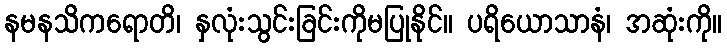
နမနသိကရောတိ၊ နှလုံးသွင်းခြင်းကိုမပြုနိုင်။ ပရိယောသာနံ၊ အဆုံးကို။